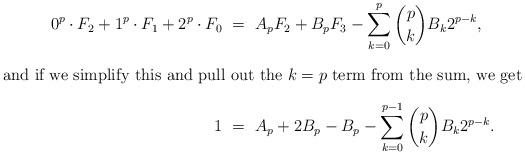
LaTeX: \begin{align*}0^p\cdot F_2 + 1^p\cdot F_1 + 2^p\cdot F_0 \ &= \ A_p F_2 + B_p F_3 - \sum_{k=0}^p \binom{p}{k} B_k 2^{p-k}, \intertext{and if we simplify this and pull out the $k=p$ term from the sum, we get }1 \ &= \ A_p + 2B_p - B_p - \sum_{k=0}^{p-1} \binom{p}{k} B_k 2^{p-k}.\end{align*}